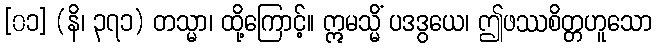
[၀၁] (နိ၊ ၃၇၁) တသ္မာ၊ ထို့ကြောင့်။ ဣမသ္မိံ ပဒဒွယေ၊ ဤဖဿစိတ္တဟူသော